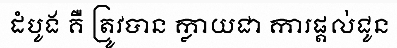
ដំបូង គឺ ត្រូវបាន ក្លាយជា ការផ្តល់ជូន